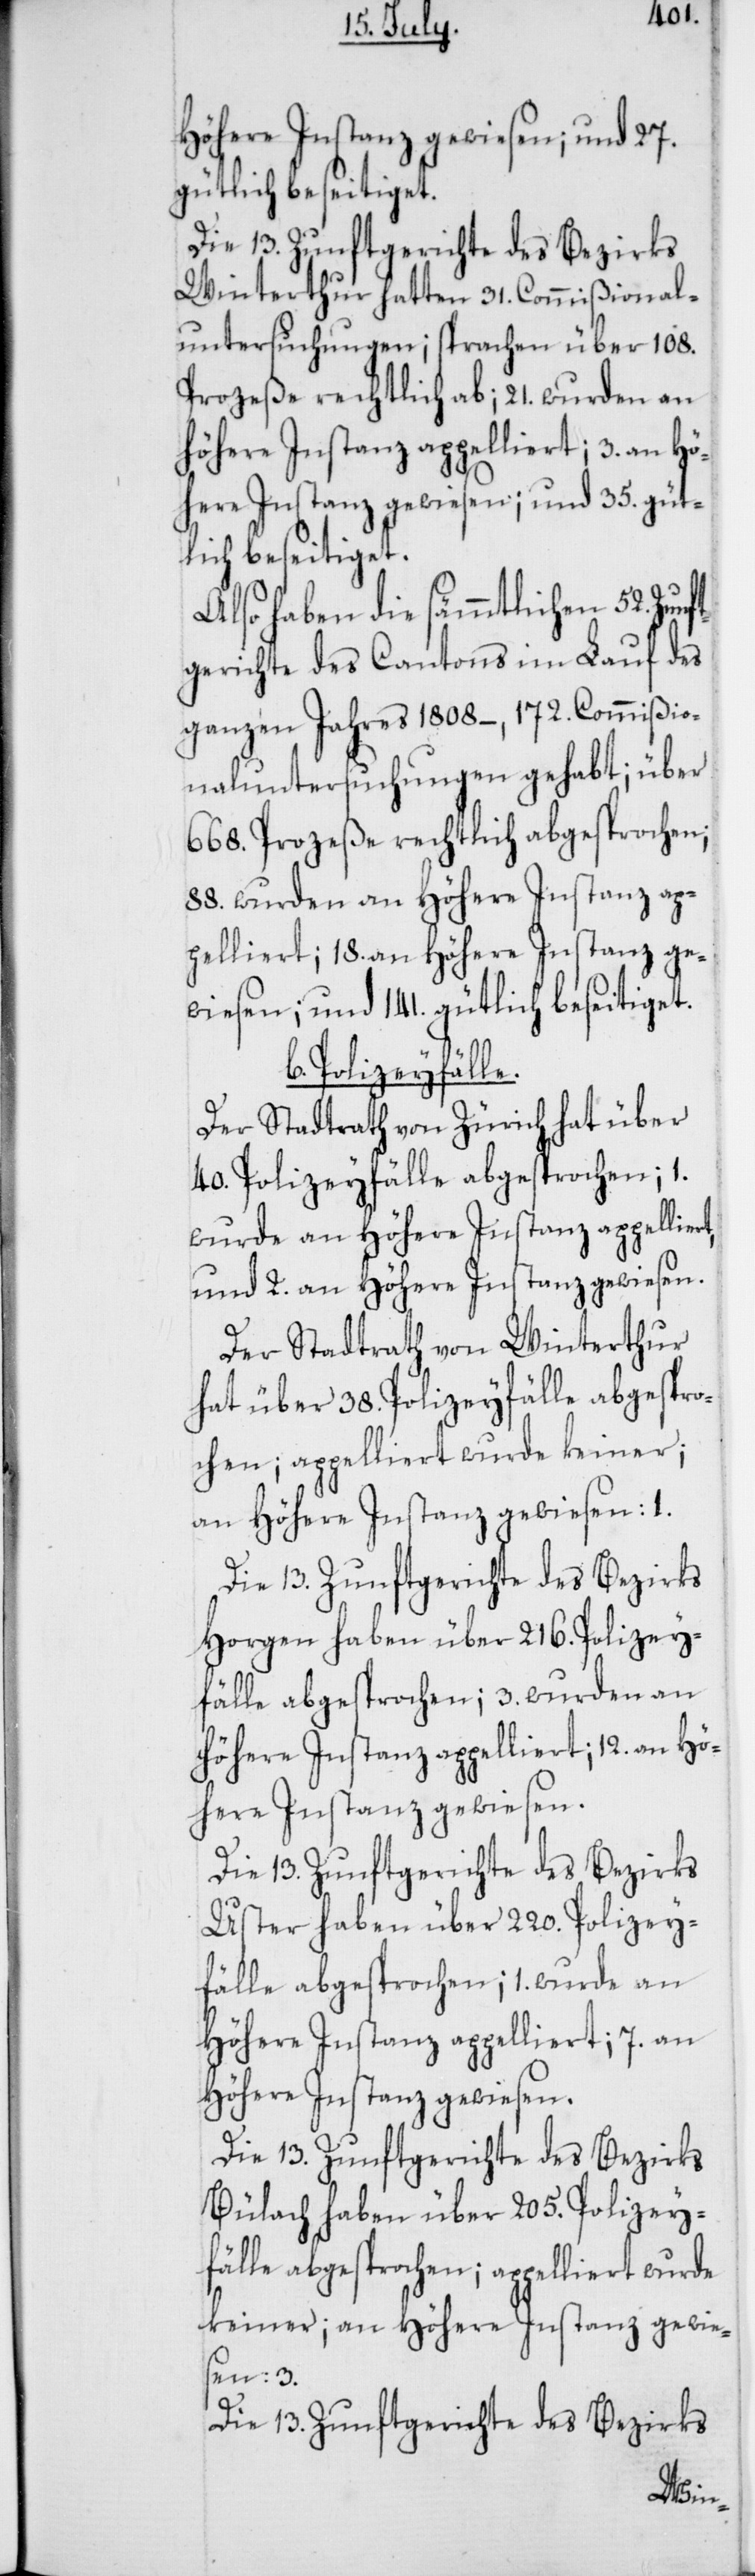
Höhere Instanz gewiesen; und 27.
gütlich beseitiget.
Die 13. Zunftgerichte des Bezirks
Winterthur hatten 31. Commißional¬
untersuchungen; sprachen über 108.
Proceße rechtlich ab; 21. wurden an
höhere Instanz appelliert; 3. an Hö¬
here Instanz gewiesen; und 35. güt¬
lich beseitiget.
Also haben die sämmtlichen 52. Zun¬
ftgerichte des Cantons im Lauf des
ganzen Jahres 1808 –, 172. Commißio¬
naluntersuchungen gehabt; über
668. Proceße rechtlich abgesprochen;
88. wurden an Höhere Instanz ap¬
pelliert; 18. an Höhere Instanz ge¬
wiesen; und 141. gütlich beseitiget.
b. Polizeyfälle.
Der Stadtrath von Zürich hat über
40. Polizeyfälle abgesprochen; 1.
wurde an Höhere Instanz appelliert,
und 2. an Höhere Instanz gewiesen.
Der Stadtrath von Winterthur
hat über 38. Polizeyfälle abgespro¬
chen; appelliert wurde keiner;
an Höhere Instanz gewiesen 1.
Die 13. Zunftgerichte des Bezirks
Horgen haben über 216. Polizey¬
fälle abgesprochen; 3. wurden an
Höhere Instanz appelliert; 12. an Hö¬
here Instanz gewiesen.
Die 13. Zunftgerichte des Bezirks
Uster haben übe 220. Polizey¬
fälle abgesprochen; 1. wurde an
Höhere Instanz appelliert; 7. an
Höhere Instanz gewiesen.
Die 13. Zunftgerichte des Bezirks
Bülach haben über 205. Polizey¬
fälle abgesprochen; appelliert wurde
keiner; an Höhere Instanz gewie¬
sen: 3.
Die 13. Zunftgerichte des Bezirks